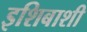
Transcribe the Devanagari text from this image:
इशिबाशी